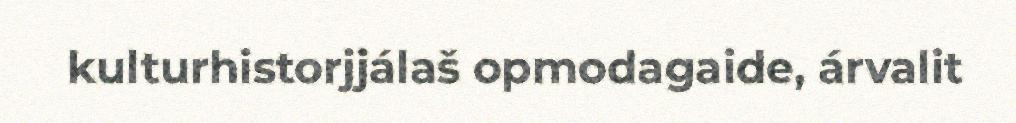
kulturhistorjjálaš opmodagaide, árvalit